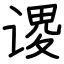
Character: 谡